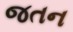
જતન